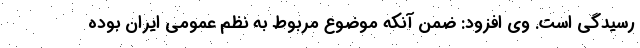
رسیدگی است. وی افزود: ضمن آنکه موضوع مربوط به نظم عمومی ایران بوده